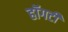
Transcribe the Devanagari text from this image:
हॉगर्टी